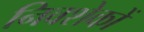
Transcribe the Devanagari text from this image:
निवशेकों